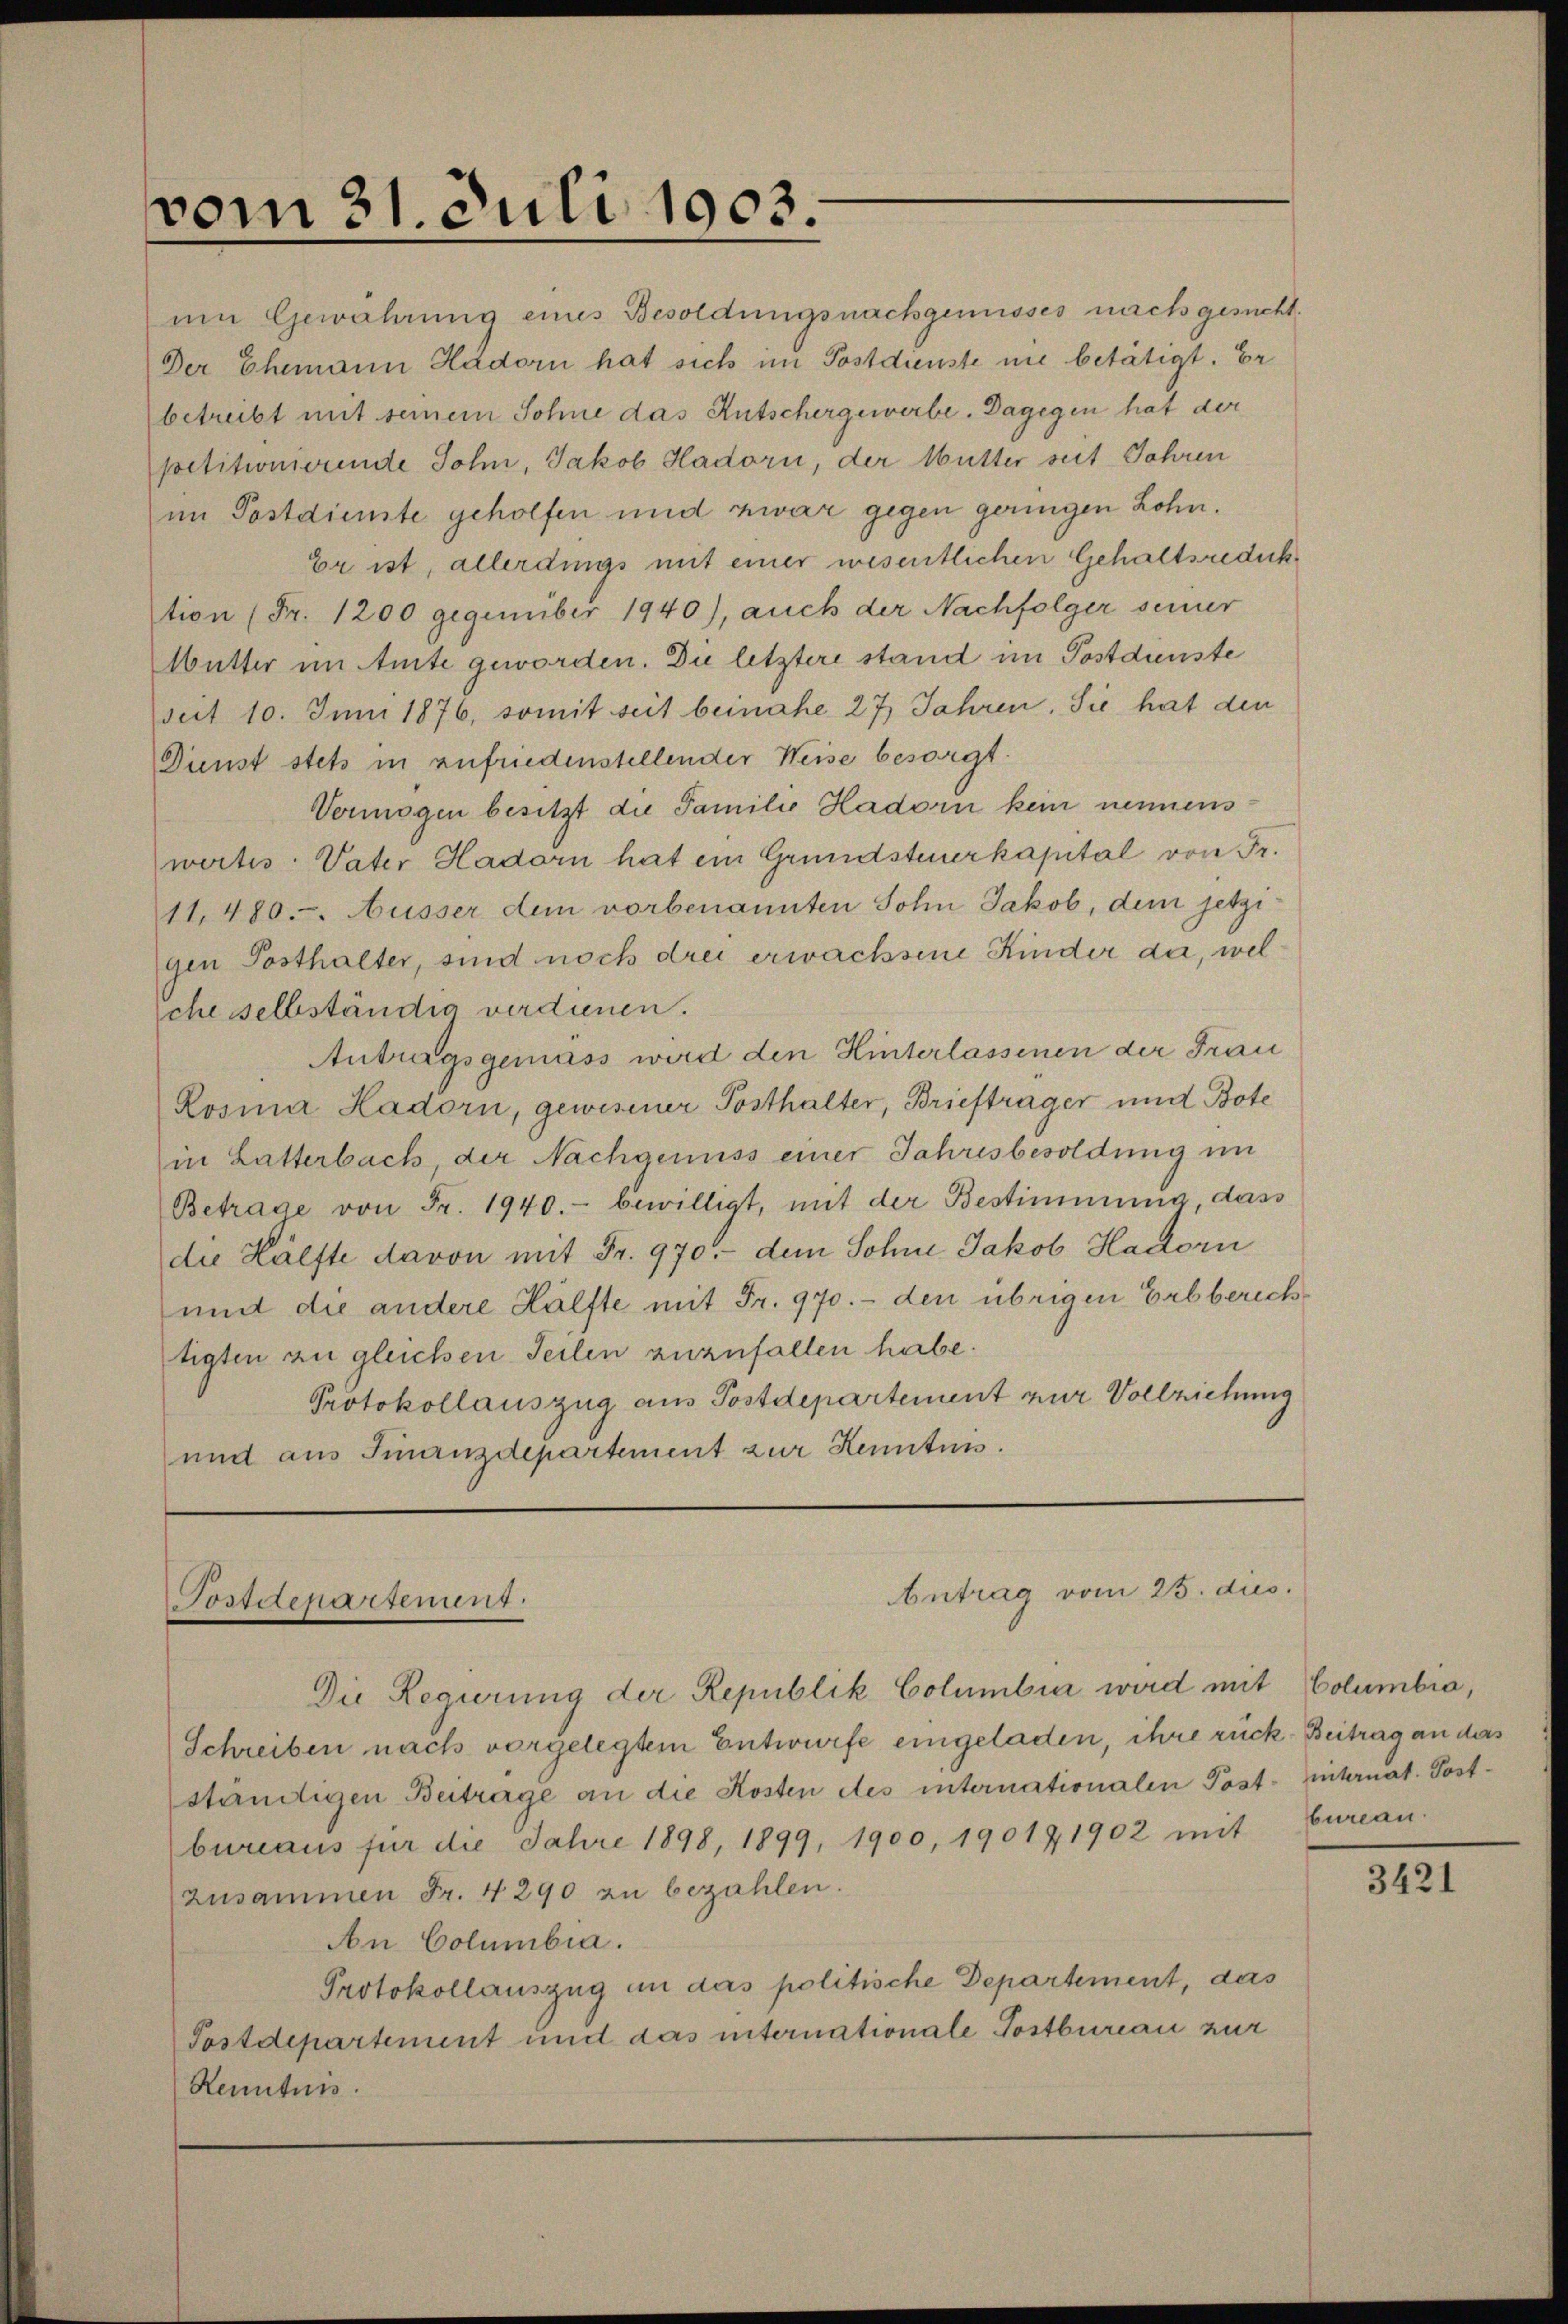
vom 31. Juli 1903.

petitionswunde Sohn, Jakob Hadorn, der Mutter seit Jahren
im Postdienste geholfen und zwar gegen geringen Lohn.
Er ist, allerdings mit einer wesentlichen Gehaltsreducktion (Fr. 1200 gegenüber 1940), auch der Nachfolger seiner
Mutter im Amte geworden. Du letztere stand im Postdienste
seit 10. Juni 1876, somit seit beinahe 27 Jahren. Sie hat den
Dienst stets in zufriedenstellender Weise besorgt.
Vermögen besitzt die Familie Hadorn kein nennenswertes Vater Hadorn hat ein Grundsteuerkapital von Fr.
11,480. Ausser dem vorbenannten Sohn Jakob, dem jetzigen Posthalter, sind noch drei erwachsene Kinder da, welsche selbständig verdienen.
Antragsgemäss wird den Hinterlassenen der Frau
Rosina Hadorn, gewesener Posthalter, Briefträger und Bote
in Latterbach, der Nachgenuss einer Jahresbesoldung im
Betrage von Fr. 1940.- bewilligt, mit der Bestimmung, dass
die Hälfte davon mit Fr. 970.- dem Sohne Jakob Hadorn
und die andere Hälfte mit Fr. 970. - den übrigen Erbberichtigten zu gleichen Teilen zuzufallen habe.
Protokollauszug aus Postdepartement zur Vollziehung
und aus Finanzdepartement zur Kenntun.

Antrag vom 25. dies.
Postdepartement

um Gewährung eines Besoldungsnachgewisses nach gesucht
Der Ehemann Hadorn hat sich im Postdienste nie betätigt. Er
betreibt mit seinem Sohne das Antschergewerbe. Dagegen hat der

Die Regierung der Republik Columbir wird mit Columbia,
Schreiben nach vorgelegtem Entwurfe eingeladen, ihre rück- Beitrag an das
ständigen Beitrage an die Kosten des internationalen Post- hinternat. Postbureaus für die Jahre 1898, 1899, 1900, 190121902 mit Eureau-
Zusammen Fr. 4290 zu bezahlen.
An Columbia.
Protokollauszug in das politische Departement, das
Postdepartement und das internationale Postbureau zur
Kenntnis.

3421